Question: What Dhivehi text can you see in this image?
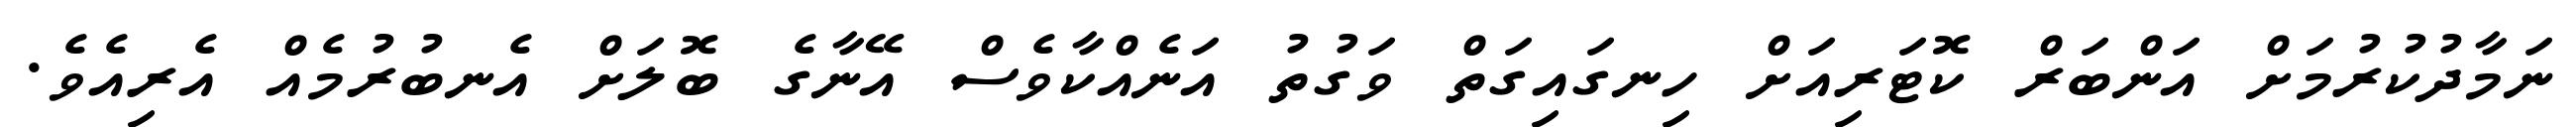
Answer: ނަމާދުކުރުމަށް އަންބަރް ކޮޓަރިއަށް ހިނގައިގަތް ވަގުތު އަނެއްކާވެސް އޭނާގެ ބޮލަށް އެނބުރުމެއް އެރިއެވެ.